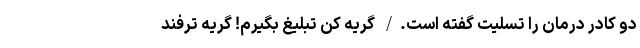
دو کادر درمان را تسلیت گفته است‌./ گریه کن تبلیغ بگیرم! گریه ترفند